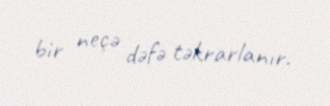
bir neçə dəfə təkrarlanır.